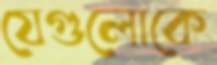
যেগুলোকে